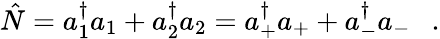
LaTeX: \hat{N}=a_{1}^{\dagger}a_{1}+a_{2}^{\dagger}a_{2}=a_{+}^{\dagger}a_{+}+a_{-}^{\dagger}a_{-}\ \ \ .